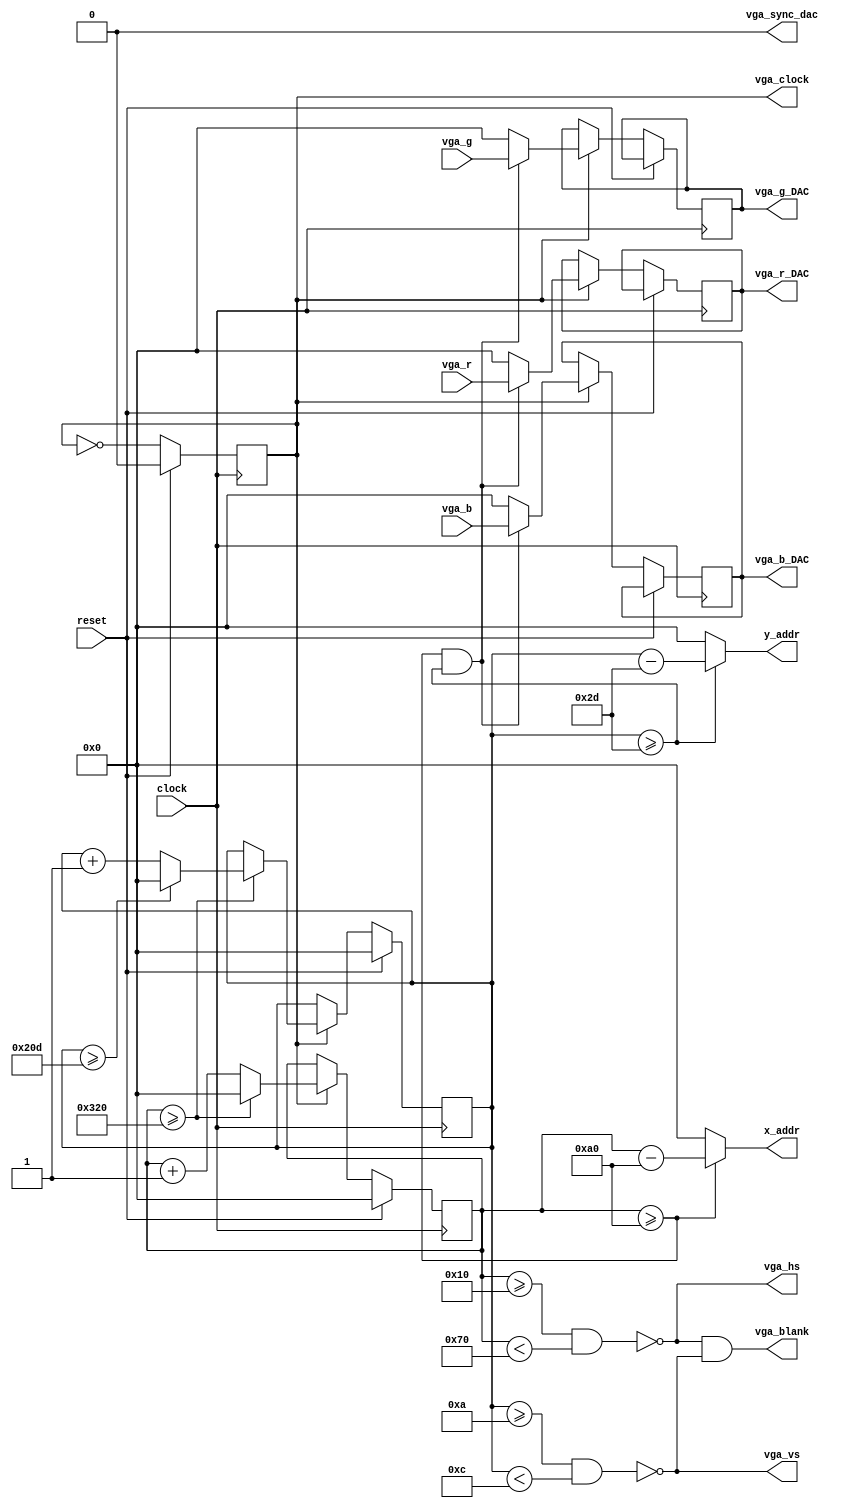
module  vga(
                input clock,
                input reset, 
                //inputs ... 
                input  [9:0] vga_r,               
                input  [9:0] vga_g,
                input  [9:0] vga_b,
                //outputs ...  
                output reg [9:0] vga_r_DAC,
                output reg [9:0] vga_g_DAC,
                output reg [9:0] vga_b_DAC,
                output wire  [9:0] x_addr,
                output wire  [9:0] y_addr,
                output reg vga_clock,
                output wire vga_sync_dac,
                output wire vga_hs,
                output wire vga_vs,
                output wire vga_blank
                
                );

    //640x480 display, due to the only clock availible being 25Mhz w/o touching PLL


    
    parameter state_idle = 5'd0;

    parameter H_SYNC_LOW = 10'd96;
    parameter H_SYNC_BP  = 10'd48;
    parameter H_SYNC_FP  = 10'd16;
    parameter H_SIZE     = 10'd640;
    parameter H_RESET = H_SIZE + H_SYNC_LOW + H_SYNC_BP + H_SYNC_FP;
    parameter H_BEGIN =  H_SYNC_LOW + H_SYNC_BP + H_SYNC_FP;
    parameter V_SYNC_LOW = 10'd2;
    parameter V_SYNC_BP  = 10'd33;
    parameter V_SYNC_FP  = 10'd10;
    parameter V_SIZE     = 10'd480;
    parameter V_RESET = V_SIZE + V_SYNC_LOW + V_SYNC_BP + V_SYNC_FP;
    parameter V_BEGIN = V_SYNC_LOW + V_SYNC_BP + V_SYNC_FP;

     
    reg [9:0] x_cnt, y_cnt;
    assign x_addr = (x_cnt >= H_BEGIN) ? x_cnt - H_BEGIN : 10'd0;
    assign y_addr = (y_cnt >= V_BEGIN ) ? y_cnt - V_BEGIN : 10'd0;
    assign vga_sync_dac = 1'b0;
    assign vga_blank = vga_hs & vga_vs;
    assign vga_hs = ~((x_cnt >= H_SYNC_FP) &&  
                    (x_cnt <  H_SYNC_FP + H_SYNC_LOW));
    assign vga_vs = ~((y_cnt >= V_SYNC_FP) &&  
                    (y_cnt <  V_SYNC_FP + V_SYNC_LOW));

    always @(posedge clock )begin
        if (reset) begin
            x_cnt <= 0;
            y_cnt <= 0;
            vga_clock <= 0; 
        end else begin
            // this assumes a 50MHz clock;
            vga_clock <= ~vga_clock;
            if (vga_clock) begin 
                if (x_cnt >= H_RESET) begin

                    x_cnt <= 0;

                    if( y_cnt >= V_RESET) begin
                        y_cnt <= 0;
                    end else begin 
                        y_cnt <= y_cnt + 1'b1;
                    end
                end else begin
                    x_cnt <= x_cnt +1'b1;
                end
                
                
                if (x_cnt >= H_BEGIN && y_cnt >= V_BEGIN ) begin
                    vga_r_DAC <=    vga_r;
                    vga_g_DAC <=    vga_g;
                    vga_b_DAC <=    vga_b;
                end else begin
                    vga_r_DAC <=    0; 
                    vga_g_DAC <=    0;
                    vga_b_DAC <=    0;
                end 
            end




        end 
    end    

endmodule